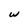
Character: w